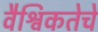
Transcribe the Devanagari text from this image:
वैश्विकतेचे